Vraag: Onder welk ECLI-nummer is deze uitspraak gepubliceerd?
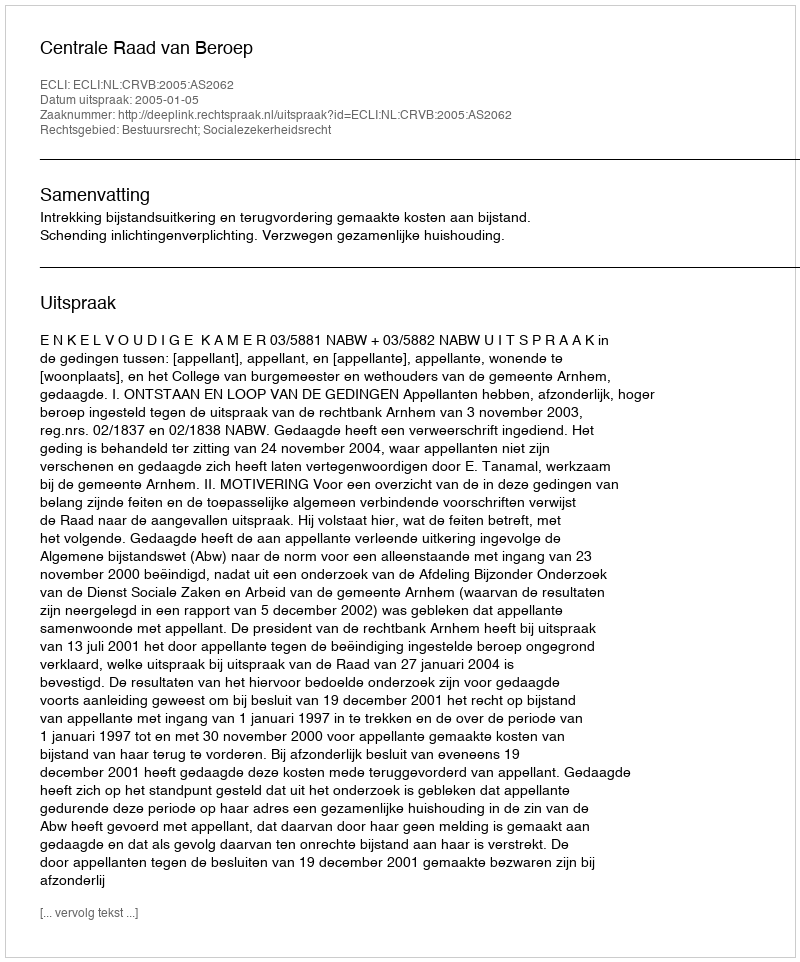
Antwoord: ECLI:NL:CRVB:2005:AS2062